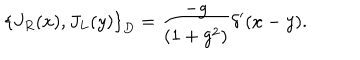
\left\{ J _ { R } ( x ) , J _ { L } ( y ) \right\} _ { D } = \frac { - g } { ( 1 + g ^ { 2 } ) } \delta ^ { \prime } ( x - y ) .